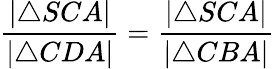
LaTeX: {\frac{|\triangle SCA|}{|\triangle CDA|}}={\frac{|\triangle SCA|}{|\triangle CBA|}}